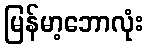
မြန်မာ့ဘောလုံး